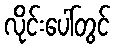
လိုင်းပေါ်တွင်